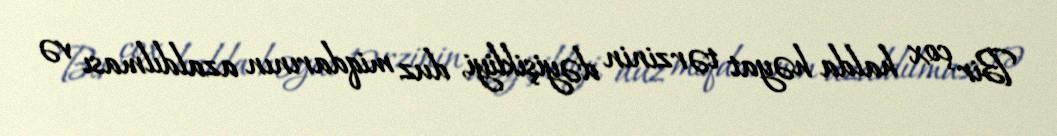
Bir çox halda həyat tərzinin dəyişikliyi, duz miqdarının azaldılması və